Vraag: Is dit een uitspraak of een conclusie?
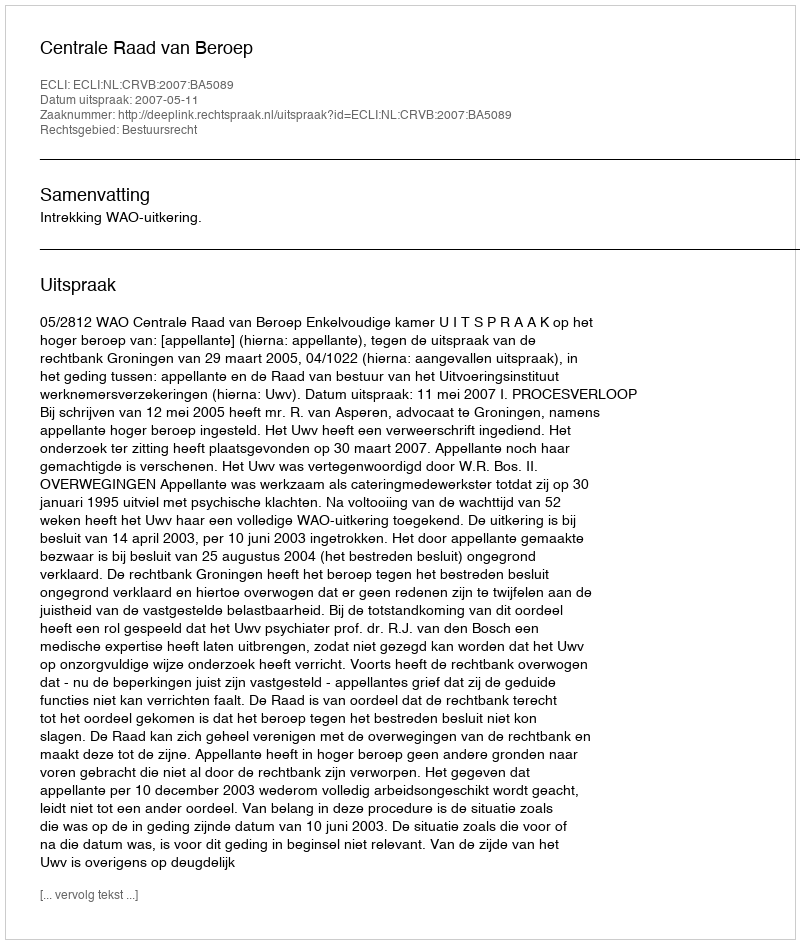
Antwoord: Uitspraak